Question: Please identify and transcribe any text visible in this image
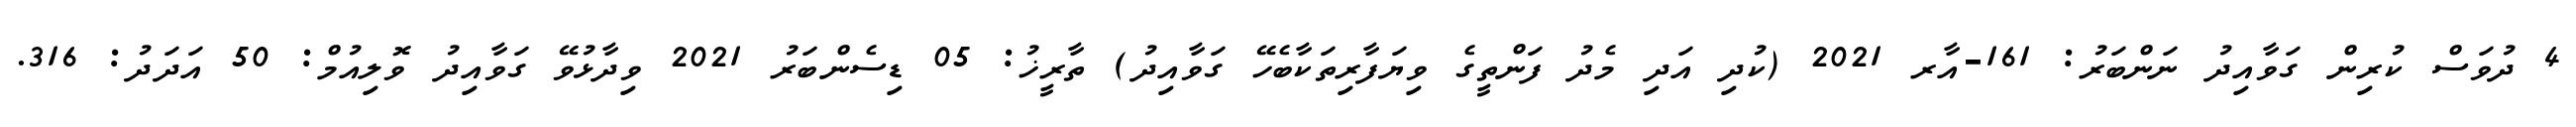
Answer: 4 ދުވަސް ކުރިން ގަވާއިދު ނަންބަރު: 161-އާރ 2021 (ކުދި އަދި މެދު ފަންތީގެ ވިޔަފާރިތަކާބެހޭ ގަވާއިދު) ތާރީޚު: 05 ޑިސެންބަރު 2021 ވިދާޅުވޭ ގަވާއިދު ވޮލިއުމް: 50 އަދަދު: 316.